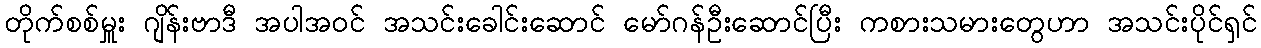
တိုက်စစ်မှူး ဂျိန်းဗာဒီ အပါအဝင် အသင်းခေါင်းဆောင် မော်ဂန်ဦးဆောင်ပြီး ကစားသမားတွေဟာ အသင်းပိုင်ရှင်